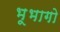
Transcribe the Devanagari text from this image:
भूभागो